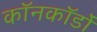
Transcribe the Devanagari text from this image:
कॉनकॉर्डों